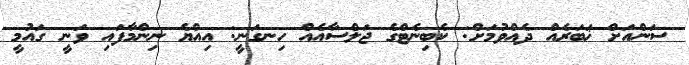
ސަންއަށް ޚަބަރެއް ދެއްވުމަށް: ކެބިނެޓްގެ ޖަލްސާއެއް ހިނގަނީ: އިއްޔެ ނިންމާފައި ވަނީ ގައުމީ